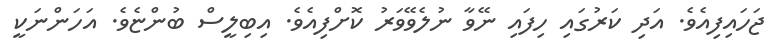
ޖަހައިފިއެވެ. އަދި ކަރުގައި ހިފައި ނޭވާ ނުލެވޭވަރު ކޮށްފިއެވެ. އިބިލީސް ބުންޏެވެ. އަހަންނަކީ